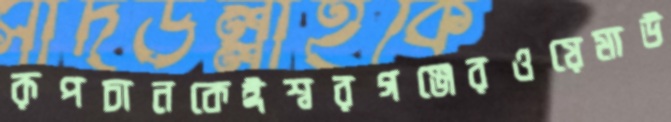
রূপচানকেঈশ্বরগঞ্জেরওয়েমাউ